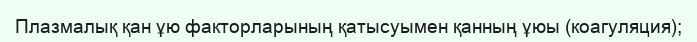
Плазмалық қан ұю факторларының қатысуымен қанның ұюы (коагуляция);